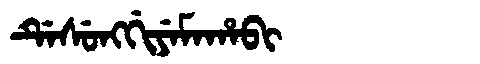
Manchu: ᡩᡝᠰᡠᠩᡤᡳᠶᡝᠮᠠᡥᠠᠪᡳ
Romanization: DESUNGGIYEMAHABI